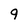
Character: 9